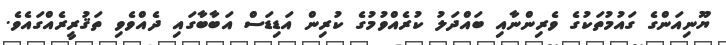
ޔޫނިއަންގެ ގައުމުތަކުގެ ވެރިންނާއި ބައްދަލު ކުރެއްވުމުގެ ކުރިން އަޑިޑަަސް އަބާބާގައި ދެއްވެވި ތަޤުރީރެއްގައެވެ.